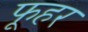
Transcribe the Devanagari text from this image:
फूहर